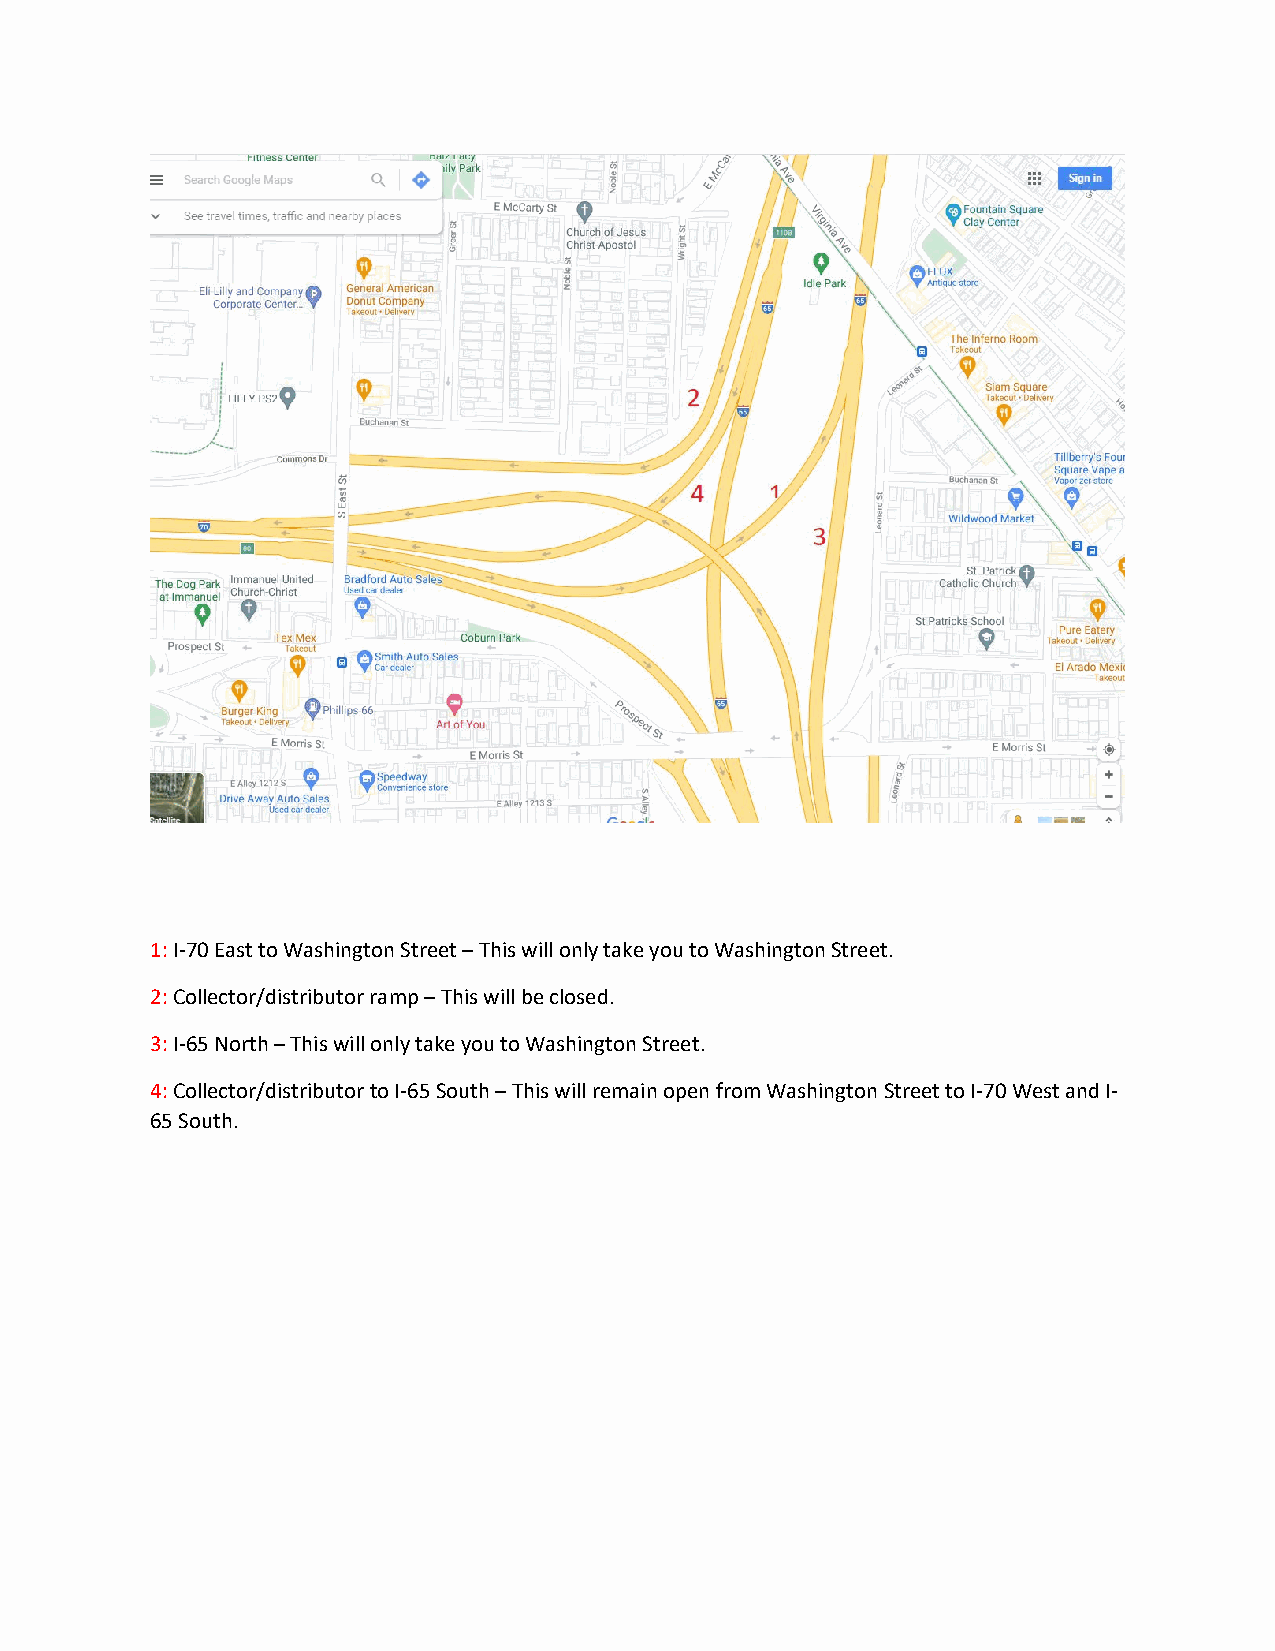
1: I-70 East to Washington Street – This will only take you to Washington Street.
 2: Collector/distributor ramp – This will be closed.
 3: I-65 North – This will only take you to Washington Street.
 4: Collector/distributor to I-65 South – This will remain open from Washington Street to I-70 West and I-
 65 South.